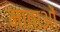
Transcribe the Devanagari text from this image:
माताआें